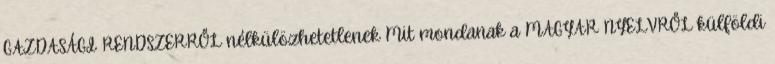
GAZDASÁGI RENDSZERRŐL nélkülözhetetlenek Mit mondanak a MAGYAR NYELVRŐL külföldi